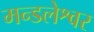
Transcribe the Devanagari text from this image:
मन्डलेश्वर